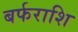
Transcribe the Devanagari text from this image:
बर्फराशि